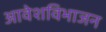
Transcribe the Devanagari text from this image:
आवेशविभाजन